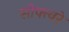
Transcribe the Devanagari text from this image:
सोफ्त्वरे